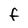
Character: f